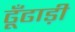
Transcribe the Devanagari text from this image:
ढूँढाड़ी